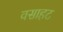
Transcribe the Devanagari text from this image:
वसाहट